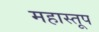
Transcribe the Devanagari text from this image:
महास्तूप